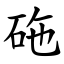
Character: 砤